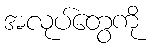
အလုပ်တွေကို